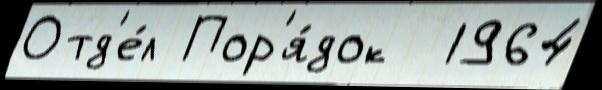
Отд'е́л Пор'я́док  1964